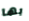
بها